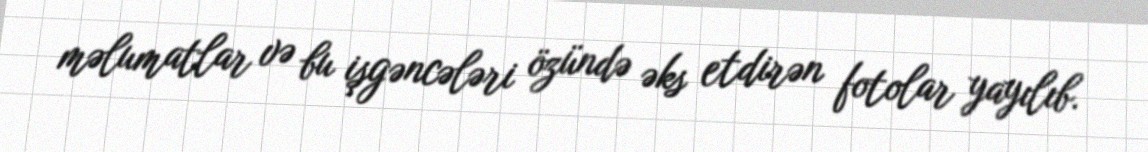
məlumatlar və bu işgəncələri özündə əks etdirən fotolar yayılıb.